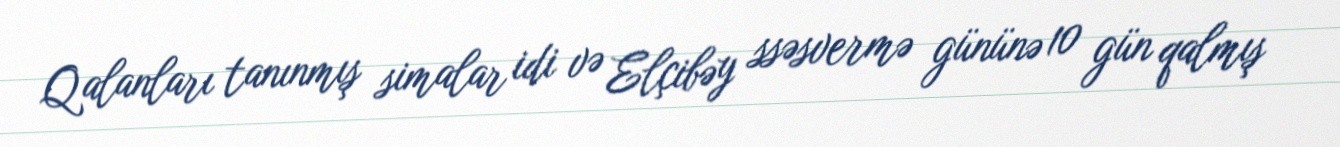
Qalanları tanınmış simalar idi və Elçibəy ssəsvermə gününə 10 gün qalmış